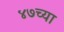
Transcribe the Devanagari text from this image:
४७च्या